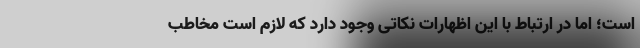
است؛ اما در ارتباط با این اظهارات نکاتی وجود دارد که لازم است مخاطب